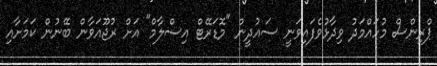
ޕްރިންސް މުހައްމަދު ވިދާޅުވެފައިވަނީ ސައުދީން "މޮޑަރޭޓް އިސްލާމް" އަށް ރުޖޫއަވާން ބޭނުން ކަމަށާއި